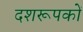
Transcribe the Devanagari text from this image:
दशरूपकों